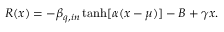
R ( x ) = - \beta _ { q , i n } \operatorname { t a n h } [ \alpha ( x - \mu ) ] - B + \gamma x .